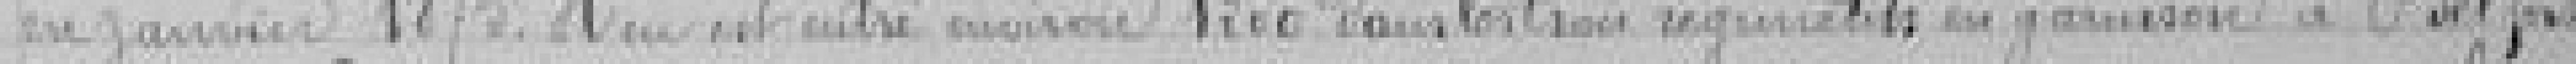
en janvier 1875. il en est rentré environ 1.200 pour les trois régiments en garnison à Belfort.